Civil Veterinary Dept. Bombay admin report 1932-41 - 1932-1941
Year: 1932
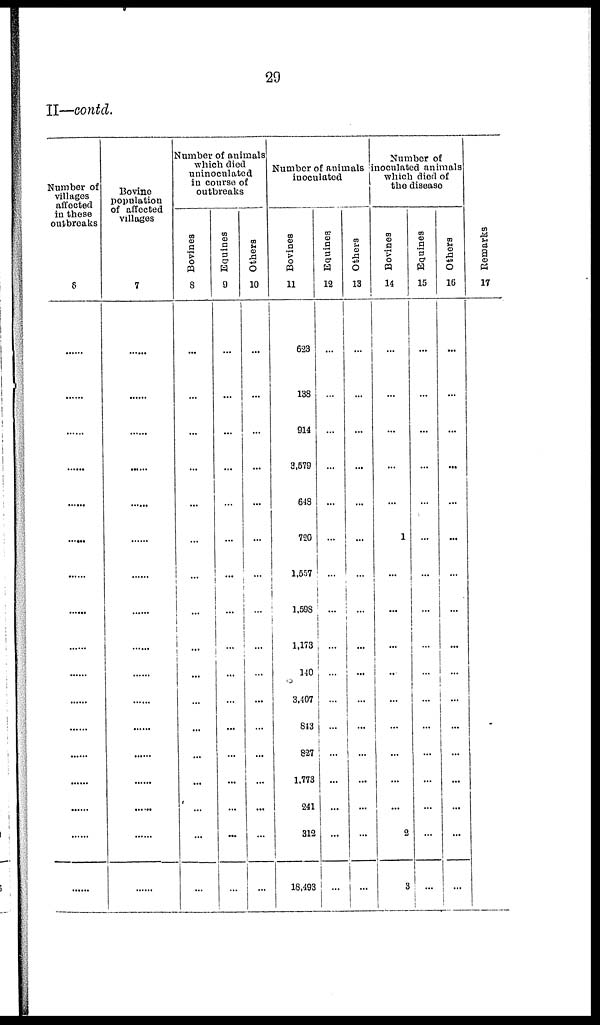
29
II—contd.
Number of
villages
affected
in these
outbreaks
8
......
......
......
......
......
......
......
......
......
......
......
......
......
......
......
......
......
Bovine
population
of affected
villages
7
......
......
......
......
......
......
......
......
......
......
......
......
......
......
......
......
......
Number of animals
which died
uninoculated
in course of
outbreaks
Bovines
8
...
...
...
...
...
...
...
...
...
...
...
...
...
...
...
...
...
Equines
9
...
...
...
...
...
...
...
...
...
...
...
...
...
...
...
...
...
Others
10
...
...
...
...
...
...
...
...
...
...
...
...
...
...
...
...
...
Number of animals
inoculated
Bovines
11
623
138
914
3,579
648
720
1,557
1,598
1,173
110
3,407
813
827
1,773
241
312
18,493
Equines
12
...
...
...
...
...
...
...
...
...
...
...
...
...
...
...
...
...
Others
13
...
...
...
...
...
...
...
...
...
...
...
...
...
...
...
...
...
Number of
inoculated animals
which died of
the disease
Bovines
14
...
...
...
...
...
1
...
...
...
...
...
...
...
...
...
2
3
Equines
15
...
...
...
...
...
...
...
...
...
...
...
...
...
...
...
...
...
Others
15
...
...
...
...
...
...
...
...
...
...
...
...
...
...
...
...
...
Remarks
17